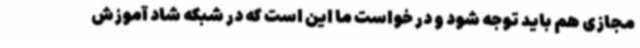
مجازی هم باید توجه شود و در خواست ما این است که در شبکه شاد آموزش